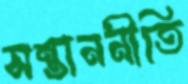
সন্তাননীতি